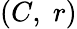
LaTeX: \textstyle(C,\; r)